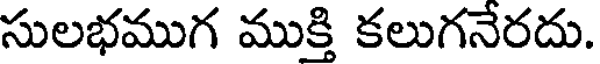
సులభముగ ముక్తి కలుగనేరదు.